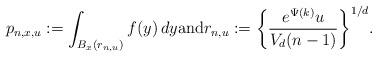
LaTeX: \begin{align*}p_{n,x,u} := \int_{B_x(r_{n,u})} f(y) \, dy{\rm and} r_{n,u} := \biggl\{\frac{e^{\Psi(k)} u}{V_d (n-1)}\biggr\}^{1/d}.\end{align*}